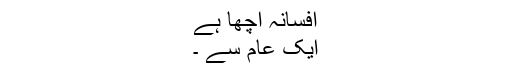
افسانہ اچھا ہے
ایک عام سے ۔